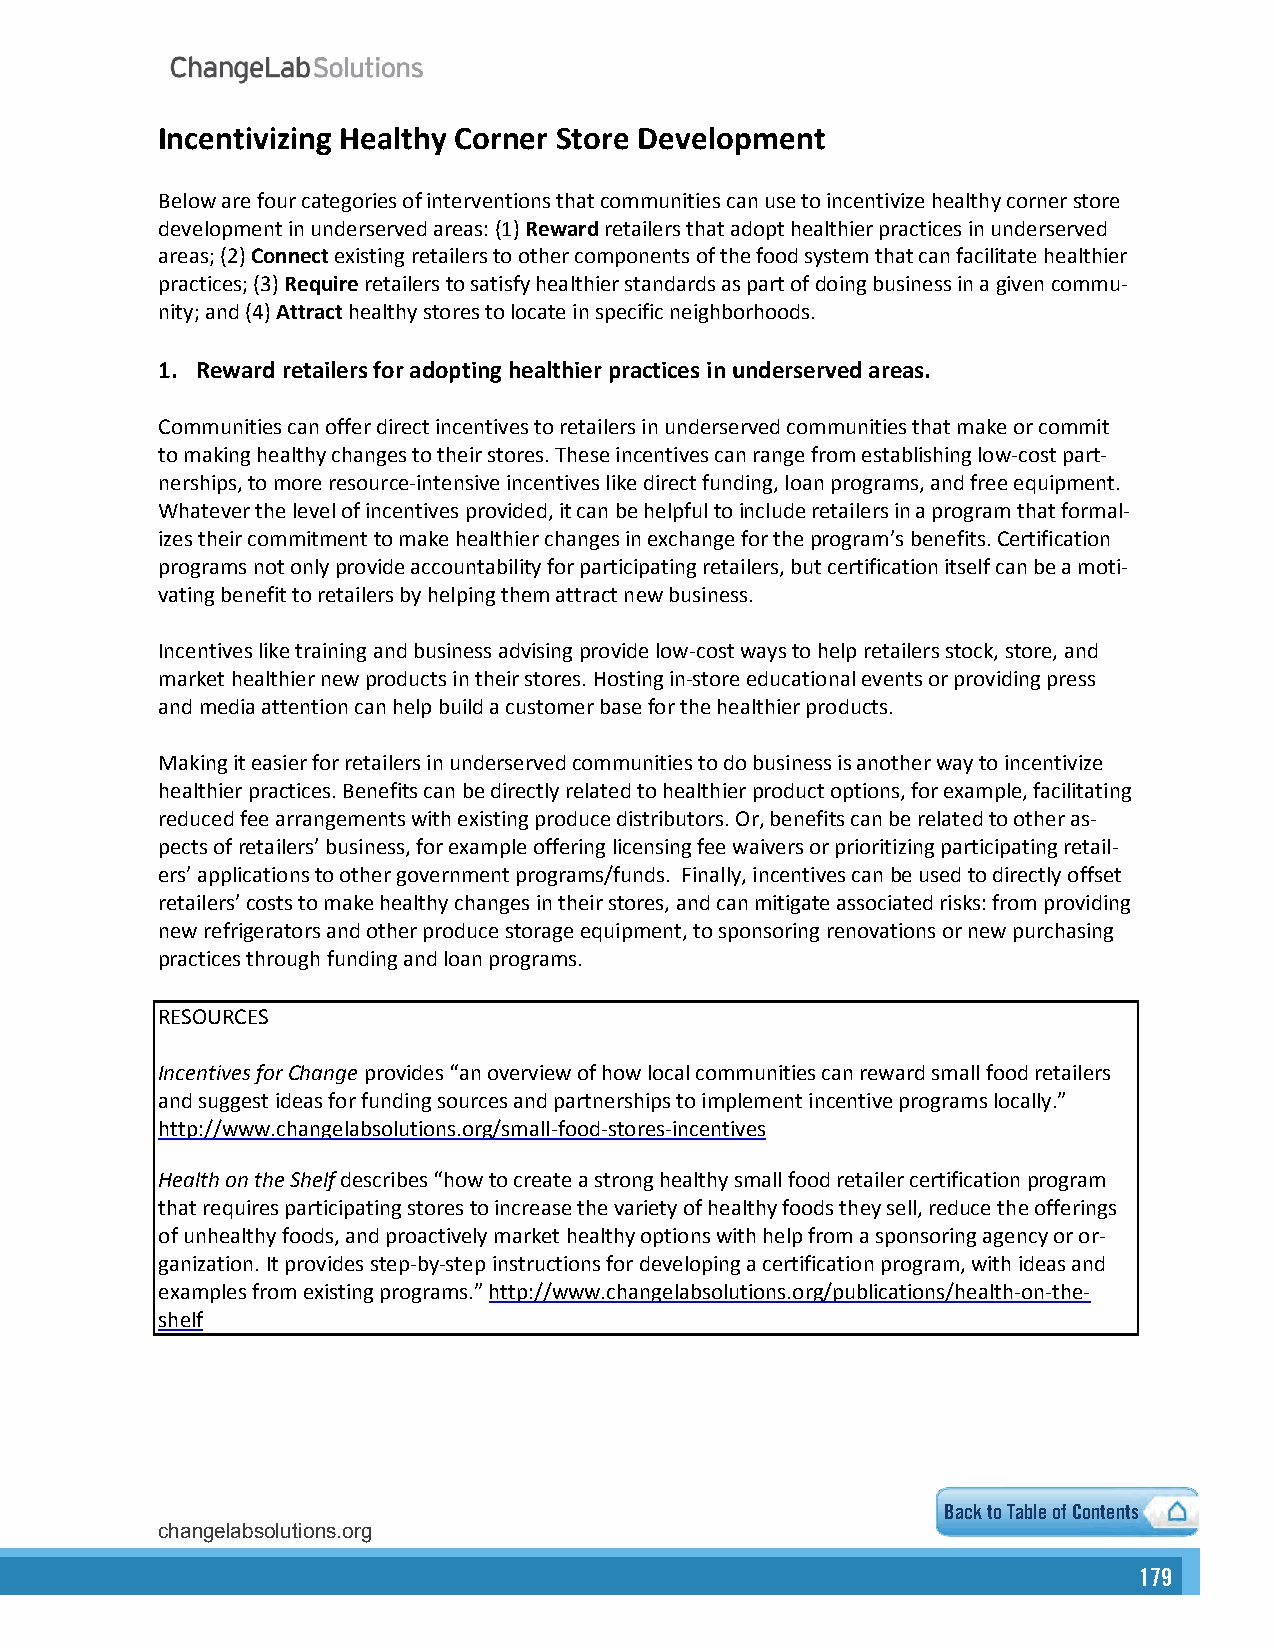
Incentivizing Healthy Corner Store Development
 Below are four categories of interventions that communities can use to incentivize healthy corner store
 development in underserved areas: (1) Reward retailers that adopt healthier practices in underserved
 areas; (2) Connect existing retailers to other components of the food system that can facilitate healthier
 practices; (3) Require retailers to satisfy healthier standards as part of doing business in a given commu-
 nity; and (4) Attract healthy stores to locate in specific neighborhoods.
 1. Reward retailers for adopting healthier practices in underserved areas.
 Communities can offer direct incentives to retailers in underserved communities that make or commit
 to making healthy changes to their stores. These incentives can range from establishing low-cost part-
 nerships, to more resource-intensive incentives like direct funding, loan programs, and free equipment.
 Whatever the level of incentives provided, it can be helpful to include retailers in a program that formal-
 izes their commitment to make healthier changes in exchange for the program’s benefits. Certification
 programs not only provide accountability for participating retailers, but certification itself can be a moti-
 vating benefit to retailers by helping them attract new business.
 Incentives like training and business advising provide low-cost ways to help retailers stock, store, and
 market healthier new products in their stores. Hosting in-store educational events or providing press
 and media attention can help build a customer base for the healthier products.
 Making it easier for retailers in underserved communities to do business is another way to incentivize
 healthier practices. Benefits can be directly related to healthier product options, for example, facilitating
 reduced fee arrangements with existing produce distributors. Or, benefits can be related to other as-
 pects of retailers’ business, for example offering licensing fee waivers or prioritizing participating retail-
 ers’ applications to other government programs/funds. Finally, incentives can be used to directly offset
 retailers’ costs to make healthy changes in their stores, and can mitigate associated risks: from providing
 new refrigerators and other produce storage equipment, to sponsoring renovations or new purchasing
 practices through funding and loan programs.
 RESOURCES
 Incentives for Change provides “an overview of how local communities can reward small food retailers
 and suggest ideas for funding sources and partnerships to implement incentive programs locally.”
 http://www.changelabsolutions.org/small-food-stores-incentives
 Health on the Shelf describes “how to create a strong healthy small food retailer certification program
 that requires participating stores to increase the variety of healthy foods they sell, reduce the offerings
 of unhealthy foods, and proactively market healthy options with help from a sponsoring agency or or-
 ganization. It provides step-by-step instructions for developing a certification program, with ideas and
 examples from existing programs.” http://www.changelabsolutions.org/publications/health-on-the-
 shelf
 Back to Table of Contents
 changelabsolutions.org                                     5
 179